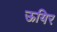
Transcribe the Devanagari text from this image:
ऊयिर